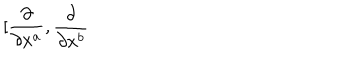
\lbrack \frac { \partial } { \partial x ^ { a } } , \frac { \partial } { \partial x ^ { b } }